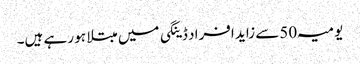
یومیہ 50سے زاید افراد ڈینگی میں مبتلا ہو رہے ہیں۔